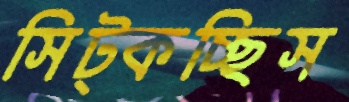
সিট্‌কচ্ছিস